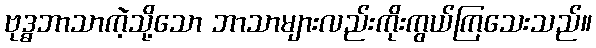
ဗုဒ္ဓဘာသာကဲ့သို့သော ဘာသာများလည်းကိုးကွယ်ကြသေးသည်။